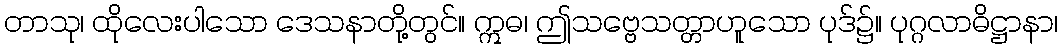
တာသု၊ ထိုလေးပါသော ဒေသနာတို့တွင်။ ဣဓ၊ ဤသဗ္ဗေသတ္တာဟူသော ပုဒ်၌။ ပုဂ္ဂလာဓိဋ္ဌာနာ၊